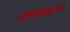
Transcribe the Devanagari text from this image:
त्याचकाळात